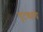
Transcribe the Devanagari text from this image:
चुटक्यांचे